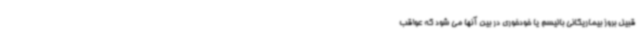
قبیل بروز بیماریکانی بالیسم یا خودخوری در بین آنها می شود که عواقب